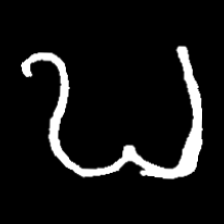
Pyu character \u2014 Myanmar letter: ဎ (romanized: ddha)